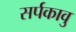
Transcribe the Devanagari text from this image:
सर्पकावु